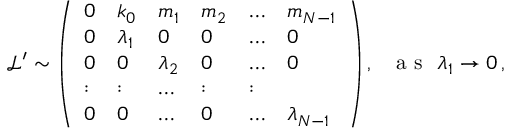
\begin{array} { r } { \ \mathcal { L } ^ { \prime } \sim \left( \begin{array} { l l l l l l } { 0 } & { k _ { 0 } } & { m _ { 1 } } & { m _ { 2 } } & { \dots } & { m _ { N - 1 } } \\ { 0 } & { \lambda _ { 1 } } & { 0 } & { 0 } & { \dots } & { 0 } \\ { 0 } & { 0 } & { \lambda _ { 2 } } & { 0 } & { \dots } & { 0 } \\ { : } & { : } & { \dots } & { : } & { : } \\ { 0 } & { 0 } & { \dots } & { 0 } & { \dots } & { \lambda _ { N - 1 } } \end{array} \right) , ~ ~ \mathrm { ~ a ~ s ~ } ~ \lambda _ { 1 } \rightarrow 0 \, , } \end{array}